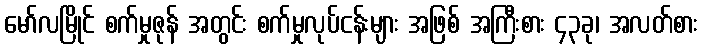
မော်လမြိုင် စက်မှုဇုန် အတွင်း စက်မှုလုပ်ငန်းများ အဖြစ် အကြီးစား ၄၃ခု၊ အလတ်စား